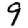
Digit: 9